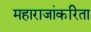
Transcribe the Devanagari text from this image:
महाराजांकरिता